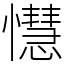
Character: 懳